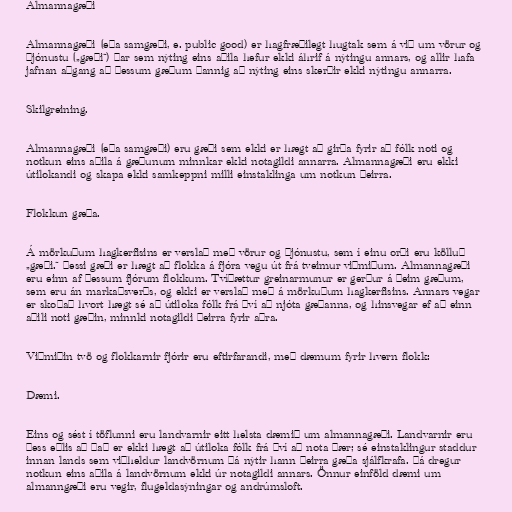
Almannagæði

Almannagæði (eða samgæði, e. public good) er hagfræðilegt hugtak sem á við um vörur og
þjónustu („gæði“) þar sem nýting eins aðila hefur ekki áhrif á nýtingu annars, og allir hafa
jafnan aðgang að þessum gæðum þannig að nýting eins skerðir ekki nýtingu annarra.

Skilgreining.

Almannagæði (eða samgæði) eru gæði sem ekki er hægt að girða fyrir að fólk noti og
notkun eins aðila á gæðunum minnkar ekki notagildi annarra. Almannagæði eru ekki
útilokandi og skapa ekki samkeppni milli einstaklinga um notkun þeirra.

Flokkun gæða.

Á mörkuðum hagkerfisins er verslað með vörur og þjónustu, sem í einu orði eru kölluð
„gæði.“ Þessi gæði er hægt að flokka á fjóra vegu út frá tveimur viðmiðum. Almannagæði
eru einn af þessum fjórum flokkum. Tvíþættur greinarmunur er gerður á þeim gæðum,
sem eru án markaðsverðs, og ekki er verslað með á mörkuðum hagkerfisins. Annars vegar
er skoðað hvort hægt sé að útiloka fólk frá því að njóta gæðanna, og hinsvegar ef að einn
aðili noti gæðin, minnki notagildi þeirra fyrir aðra.

Viðmiðin tvö og flokkarnir fjórir eru eftirfarandi, með dæmum fyrir hvern flokk:

Dæmi.

Eins og sést í töflunni eru landvarnir eitt helsta dæmið um almannagæði. Landvarnir eru
þess eðlis að það er ekki hægt að útiloka fólk frá því að nota þær; sé einstaklingur staddur
innan lands sem viðheldur landvörnum þá nýtir hann þeirra gæða sjálfkrafa. Þá dregur
notkun eins aðila á landvörnum ekki úr notagildi annars. Önnur einföld dæmi um
almanngæði eru vegir, flugeldasýningar og andrúmsloft.